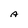
Character: A